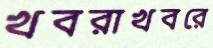
খবরাখবরে